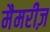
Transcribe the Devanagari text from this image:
मैमरीज़